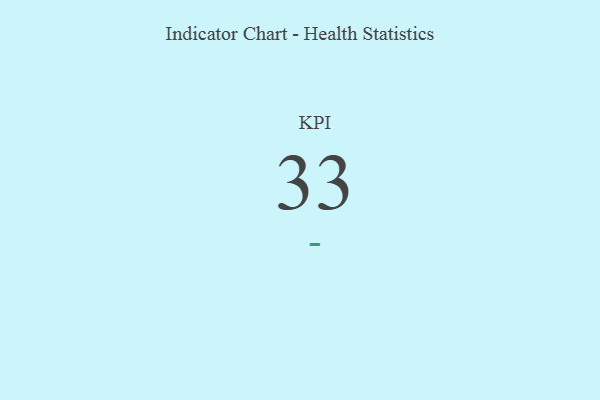
{"axis": {"x": "KPI", "y": "Value"}, "legend": [""], "data": [{"x": "KPI", "y": 33, "type": ""}]}